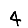
Digit: 4